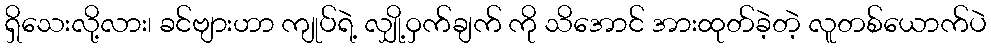
ရှိသေးလို့လား၊ ခင်ဗျားဟာ ကျုပ်ရဲ့ လျှို့ဝှက်ချက် ကို သိအောင် အားထုတ်ခဲ့တဲ့ လူတစ်ယောက်ပဲ